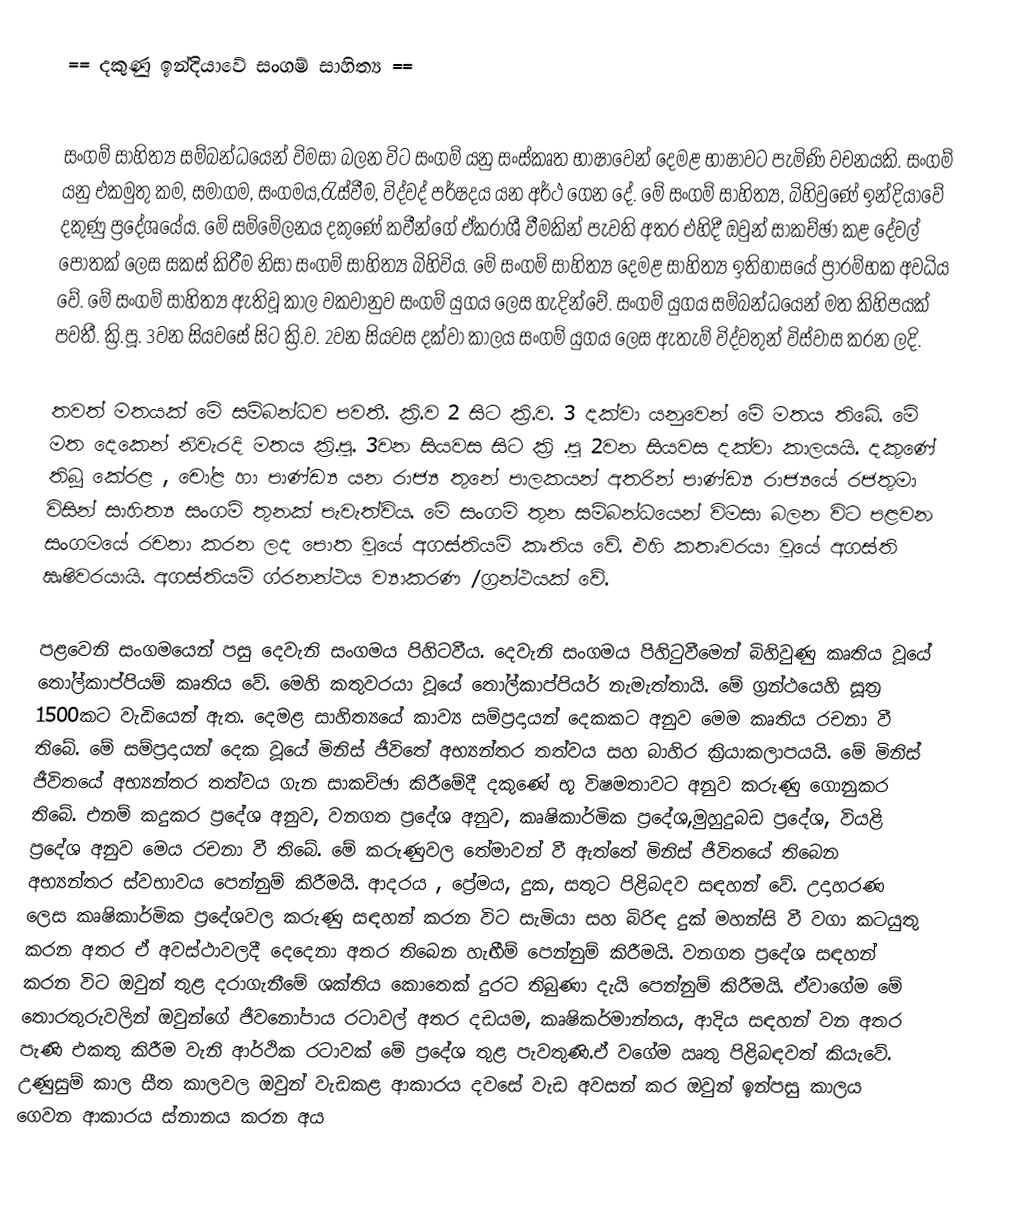
== දකුණු ඉන්දියාවේ සංගම් සාහිත්‍ය ==

සංගම් සාහිත්‍ය  සම්බන්ධයෙන් විමසා බලන විට සංගම් යනු සංස්කෘත භාෂාවෙන් දෙමළ භාෂාවට පැමිණි වචනයකි. සංගම් යනු එකමුතු කම, සමාගම, සංගමය,රැස්වීම, විද්වද් පර්ෂදය යන අර්ථ ‍ගෙන දේ. මේ සංගම් සාහිත්‍ය, බිහිවුණේ ඉන්දියාවේ දකුණු ප්‍රදේශයේය. මේ සම්මේලනය දකුණේ කවීන්ගේ ඒකරාශී වීමකින් පැවති අතර එහිදී ඔවුන් සාකච්ඡා කළ දේවල් පොතක් ලෙස සකස් කිරීම නිසා සංගම් සාහිත්‍ය බිහිවිය. මේ සංගම් සාහිත්‍ය දෙමළ සාහිත්‍ය ඉතිහාසයේ ප්‍රාරම්භක  අවධිය වේ. මේ සංගම් සාහිත්‍ය ඇතිවූ කාල වකවානුව සංගම් යුගය ලෙස හැදින්වේ. සංගම් යුගය සම්බන්ධයෙන් මත කිහිපයක් පවතී. ක්‍රි.පූ. 3වන සියවසේ සිට ක්‍රි.ව. 2වන සියවස දක්වා කාලය සංගම් යුගය ලෙස ඇතැම් විද්වතුන් විස්වාස කරන ලදි.

තවත් මතයක් මේ සම්බන්ධව පවතී. ක්‍රි.ව 2 සිට ක්‍රි.ව. 3 දක්වා යනුවෙන් මේ මතය තිබේ. මේ මත දෙකෙන් නිවැරදි මතය ක්‍රි.පූ. 3වන සියවස සිට ක්‍රි .පූ 2වන  සියවස දක්වා කාලයයි.  දකුණේ තිබූ කේරළ , චෝළ හා පාණ්ඩ්‍ය  යන රාජ්‍ය තුනේ පාලකයන් අතරින් පාණ්ඩ්‍ය රාජ්‍යයේ රජතුමා විසින් සාහිත්‍ය සංගම් තුනක් පැවැත්විය. මේ සංගම් තුන සම්බන්ධයෙන් විමසා බලන විට පළවන සංගමයේ රචනා කරන ලද පොත වූයේ අගස්තියම් කෘතිය වේ. එහි කතෘවරයා වූයේ අගස්ති ඍෂිවරයායි. අගස්තියම් ග්රනන්ථය ව්‍යාකරණ /ග්‍රන්ථයක් වේ.

පළවෙනි සංගමයෙන් පසු දෙවැනි සංගමය පිහිටවීය. දෙවැනි සංගමය පිහිටුවීමෙන් බිහිවුණු කෘතිය වූයේ තෝල්කාප්පියම් කෘතිය වේ. මෙහි කතුවරයා වූයේ තෝල්කාප්පියර් නැමැත්තායි. මේ ග්‍රන්ථයෙහි සූත්‍ර  1500කට වැඩියෙන් ඇත. දෙමළ සාහිත්‍යයේ කාව්‍ය  සම්ප්‍රදායන් දෙකකට අනුව මෙම කෘතිය රචනා වී තිබේ. මේ සම්ප්‍රදායන් දෙක වූයේ මිනිස් ජීවිතේ අභ්‍යන්තර තත්වය සහ බාහිර ක්‍රියාකලාපයයි. මේ මිනිස් ජීවිතයේ අභ්‍යන්තර තත්වය ගැන සාකච්ඡා කිරීමේදී දකුණේ භූ විෂමතාවට අනුව කරුණු ගොනුකර තිබේ. එනම් කදුකර ප්‍රදේශ අනුව, වනගත ප්‍රදේශ අනුව, කෘෂිකාර්මික ප්‍රදේශ,මුහුදුබඩ ප්‍රදේශ, වියළි ප්‍රදේශ අනුව මෙය රචනා වී තිබේ. මේ කරුණුවල තේමාවන් වී ඇත්තේ මිනිස් ජීවිතයේ තිබෙන අභ්‍යන්තර ස්වභාවය පෙන්නුම් කිරීමයි. ආදරය , ප්‍රේමය, දුක, සතුට පිළිබදව සඳහන් වේ. උදාහරණ ලෙස කෘෂිකාර්මික ප්‍රදේශවල කරුණු සඳහන් කරන විට සැමියා සහ බිරිඳ දුක් මහන්සි වී වගා කටයුතු කරන අතර ඒ අවස්ථාවලදී දෙදෙනා අතර තිබෙන හැඟීම් පෙන්නුම් කිරීමයි. වනගත ප්‍රදේශ සඳහන් කරන විට ඔවුන් තුළ දරාගැනීමේ ශක්තිය කොතෙක් දුරට තිබුණා දැයි පෙන්නුම් කිරීමයි. ඒවාගේම මේ තොරතුරුවලින් ඔවුන්ගේ ජීවනෝපාය රටාවල් අතර දඩයම, කෘෂිකර්මාන්තය, ආදිය සඳහන් වන අතර  පැණි එකතු කිරීම වැනි ආර්ථික රටාවක් මේ ප්‍රදේශ තුළ පැවතුණි.ඒ වගේම ඍතු පිළිබඳවත් කියැවේ. උණුසුම් කාල සීත කාලවල ඔවුන් වැඩකළ ආකාරය දවසේ වැඩ අවසන් කර ඔවුන්  ඉන්පසු කාලය ගෙවන ආකාරය ස්නානය කරන අය